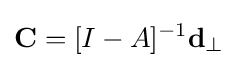
\mathbf {C} =[I-A]^{-1}\mathbf {d} _{\perp }